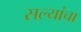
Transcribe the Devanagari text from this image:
सल्यांचा